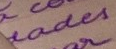
ades